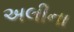
અલીના